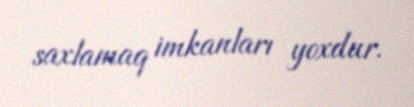
saxlamaq imkanları yoxdur.